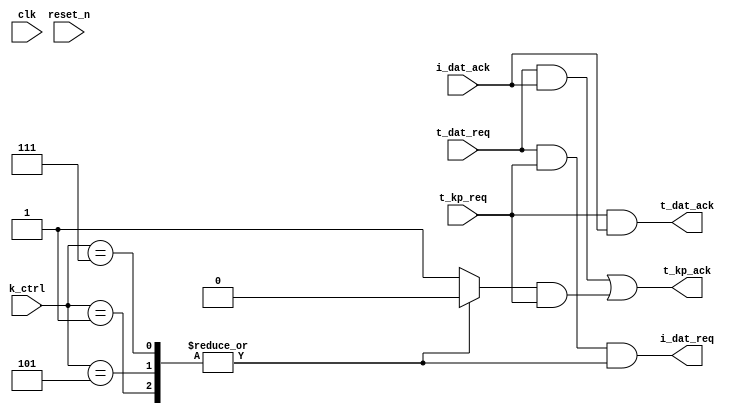


module iperm_ctrl_2_1 (
    input  wire      t_dat_req,
    output wire t_dat_ack,

    input  wire      t_kp_req,
    output wire t_kp_ack,

    output wire i_dat_req,
    input  wire      i_dat_ack,

    input wire [3:0] k_ctrl,

    input wire       clk, reset_n
);

reg invalid_op;

always @(*)
    case(k_ctrl)
        1 : begin
           invalid_op = 0;
        end 
        5 : begin
           invalid_op = 0;
        end 
        7 : begin
           invalid_op = 0;
        end 
        default: begin
          invalid_op= 1;
        end
        endcase


// request
assign i_dat_req = t_dat_req & t_kp_req & ~invalid_op;

// acknowlege
assign t_dat_ack = t_kp_req & i_dat_ack;
assign t_kp_ack = (t_dat_req & i_dat_ack) | (invalid_op & t_kp_req);


endmodule